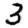
Digit: 3